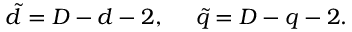
\tilde { d } = D - d - 2 , ~ ~ ~ ~ \tilde { q } = D - q - 2 .